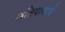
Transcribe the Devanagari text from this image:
क्षत्रियत्वाचे